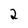
Character: 2